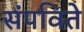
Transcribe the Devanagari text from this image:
संपविते